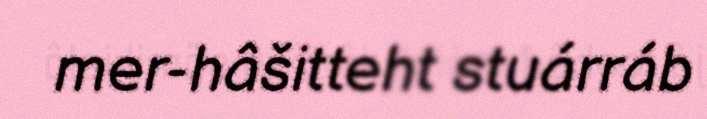
mer-hâšitteht stuárráb